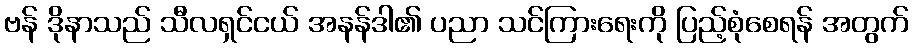
ဗန် ဒိုနာသည် သီလရှင်ငယ် အနန်ဒါ၏ ပညာ သင်ကြားရေးကို ပြည့်စုံစေရန် အတွက်